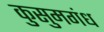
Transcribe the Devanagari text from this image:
कुसुमगंध